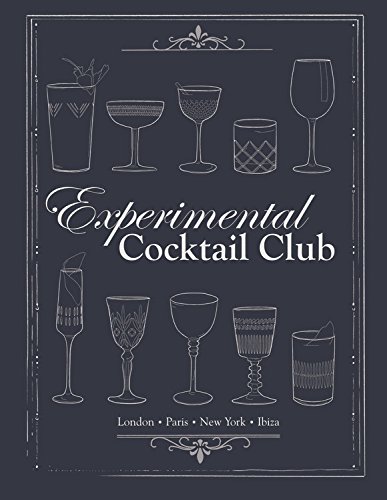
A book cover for Experimental Cocktail Club: Paris, London & New York; RomÃ©e de Goriainoff; Cookbooks, Food & Wine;